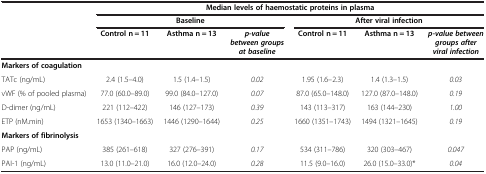
|  | <COLSPAN=6> Median levels of haemostatic proteins in plasma |
 |  | <COLSPAN=3> Baseline | <COLSPAN=3> After viral infection |
 |  | Control n = 11 | Asthma n = 13 | p-value between groups at baseline | Control n = 11 | Asthma n = 13 | p-value between groups after viral infection |
 | --- | --- | --- | --- | --- | --- | --- |
 | <COLSPAN=7> Markers of coagulation |
 | TATc (ng/mL) | 2.4 (1.5–4.0) | 1.5 (1.4–1.5) | 0.02 | 1.95 (1.6–2.3) | 1.4 (1.3–1.5) | 0.03 |
 | vWF (% of pooled plasma) | 77.0 (60.0–89.0) | 99.0 (84.0–127.0) | 0.07 | 87.0 (65.0–148.0) | 127.0 (87.0–148.0) | 0.19 |
 | D-dimer (ng/mL) | 221 (112–422) | 146 (127–173) | 0.39 | 143 (113–317) | 163 (144–230) | 1.00 |
 | ETP (nM.min) | 1653 (1340–1663) | 1446 (1290–1644) | 0.25 | 1660 (1351–1743) | 1494 (1321–1645) | 0.19 |
 | <COLSPAN=7> Markers of fibrinolysis |
 | PAP (ng/mL) | 385 (261–618) | 327 (276–391) | 0.17 | 534 (311–786) | 320 (303–467) | 0.047 |
 | PAI-1 (ng/mL) | 13.0 (11.0–21.0) | 16.0 (12.0–24.0) | 0.28 | 11.5 (9.0–16.0) | 26.0 (15.0–33.0)* | 0.04 |